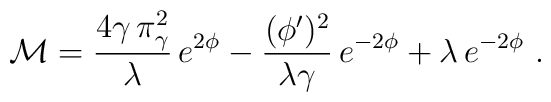
{\cal M} = {4\gamma\,\pi_\gamma^2 \over \lambda}\,e^{2 \phi}	- {(\phi')^2 \over \lambda\gamma}\,e^{-2 \phi}	+ \lambda\,e^{-2\phi}~.